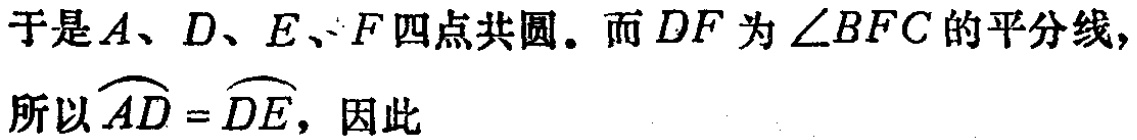
于是\(A、D、E、F\)四点共圆。而\(DF\)为\(\angle BFC\)的平分线,所以\(\overset{\frown}{AD} = \overset{\frown}{DE}\)，因此